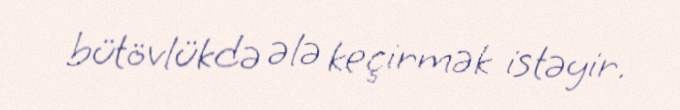
bütövlükdə ələ keçirmək istəyir.